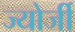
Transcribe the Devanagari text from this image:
ज्योर्जी